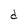
Character: d